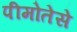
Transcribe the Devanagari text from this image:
पीमोतेसे